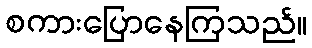
စကားပြောနေကြသည်။